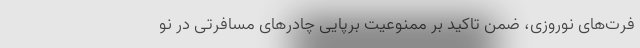
فرت‌های نوروزی، ضمن تاکید بر ممنوعیت برپایی چادرهای مسافرتی در نو